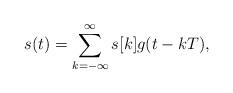
LaTeX: \begin{align*}s(t)=\sum_{k=-\infty}^{\infty}s[k]g(t-kT),\end{align*}